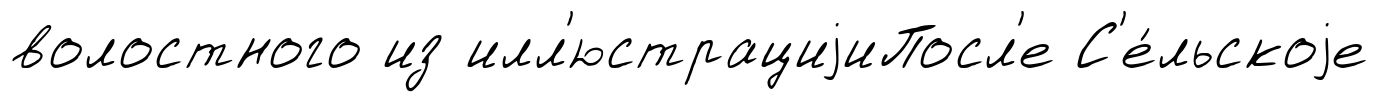
волостного из илл'юстрациjиПосл'е С'е́льскоjе